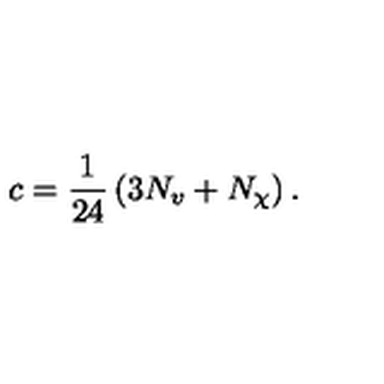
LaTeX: c = \frac { 1 } { 2 4 } \left( 3 N _ { v } + N _ { \chi } \right) .